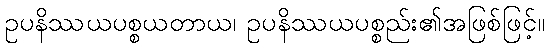
ဥပနိဿယပစ္စယတာယ၊ ဥပနိဿယပစ္စည်း၏အဖြစ်ဖြင့်။